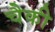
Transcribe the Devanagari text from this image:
चैकी